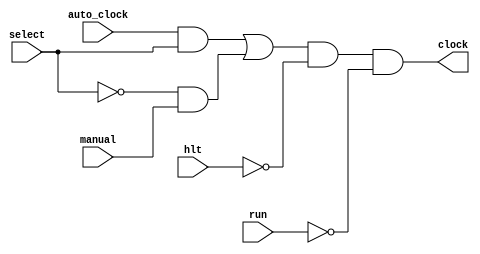
module clock_circuit (
	input select, //switch para escolher entre auto e manual
	input manual, //push button para o clock manual
	input auto_clock, //clock do FPGA
	input hlt,  //sinal de controle para parar o processamento
	input run,
	output clock
);

assign clock = ((auto_clock && select) || (!select && manual)) && !hlt && !run;

endmodule